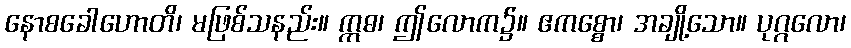
နောစခေါဟောတိ၊ မဖြစ်သနည်း။ ဣဓ၊ ဤလောက၌။ ဧကစ္စော၊ အချို့သော။ ပုဂ္ဂလော၊